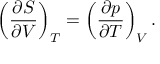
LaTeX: \left( { \frac { \partial S } { \partial V } } \right) _ { T } = \left( { \frac { \partial p } { \partial T } } \right) _ { V } .